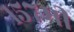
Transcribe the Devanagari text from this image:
१५७मी